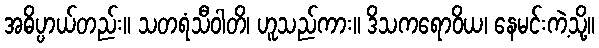
အဓိပ္ပာယ်တည်း။ သတရံသီဝါတိ၊ ဟူသည်ကား။ ဒိသကရောဝိယ၊ နေမင်းကဲ့သို့။